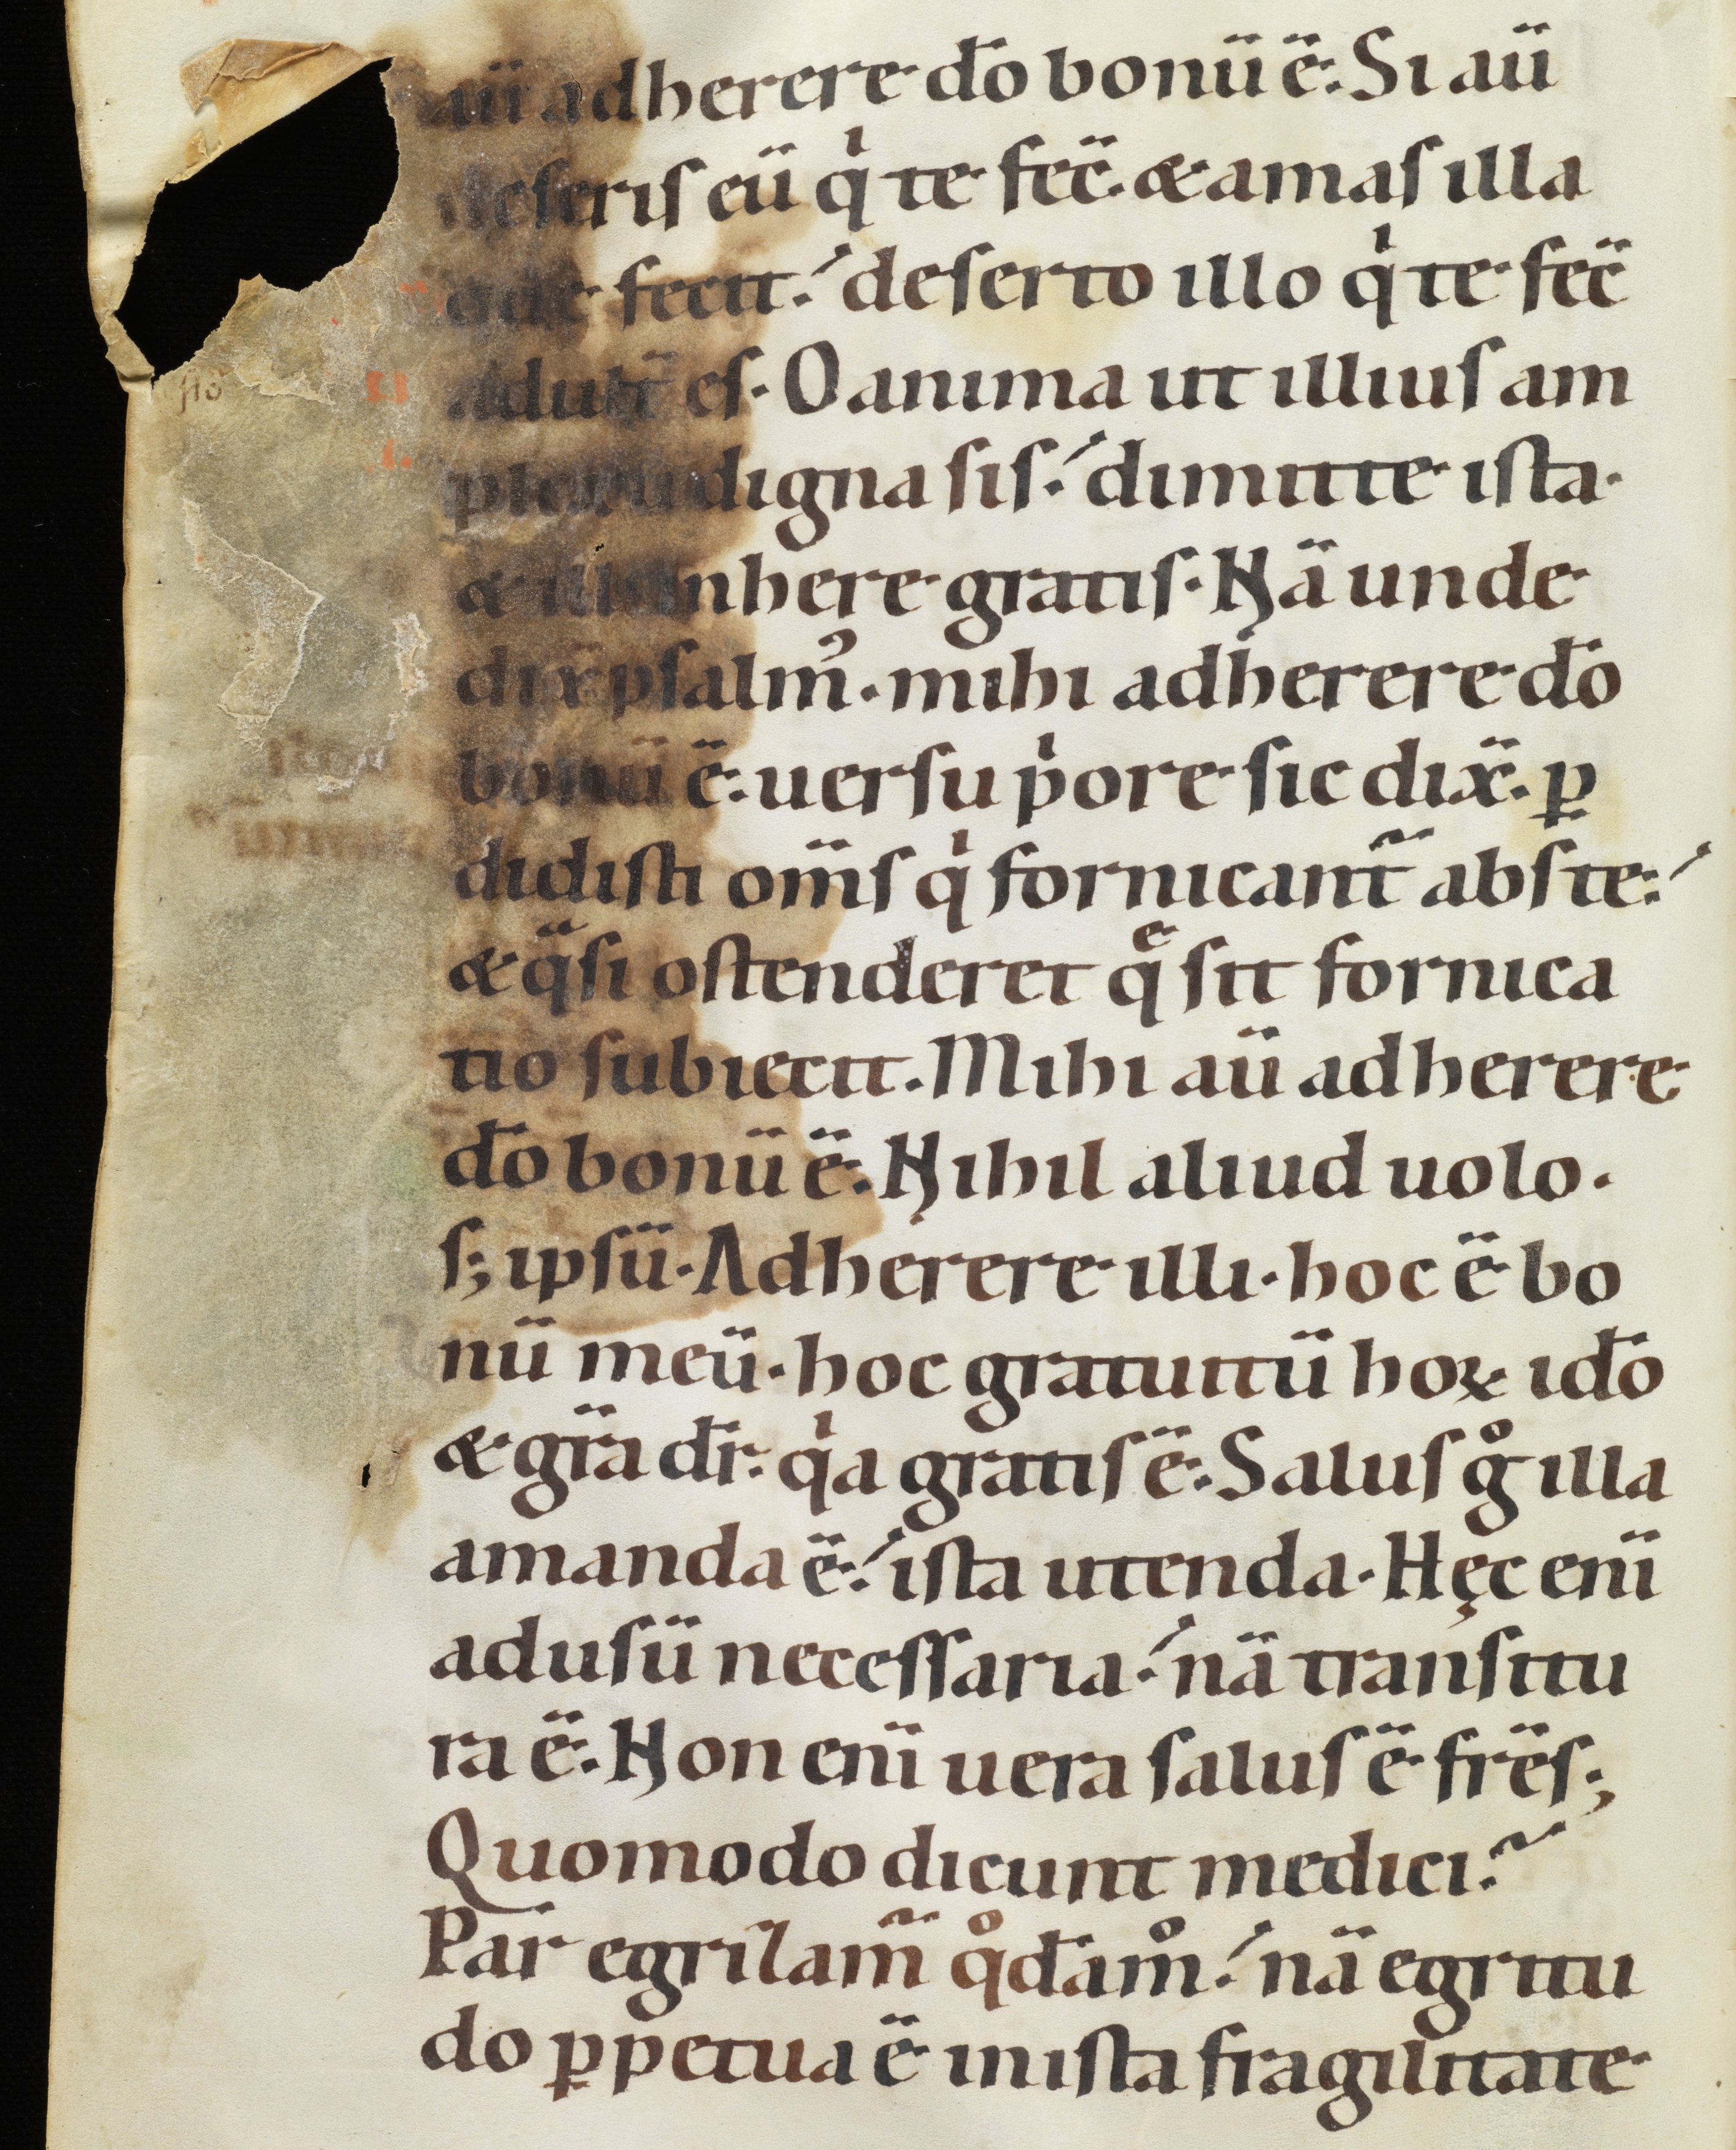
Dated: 1100–1199